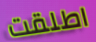
اطلقت